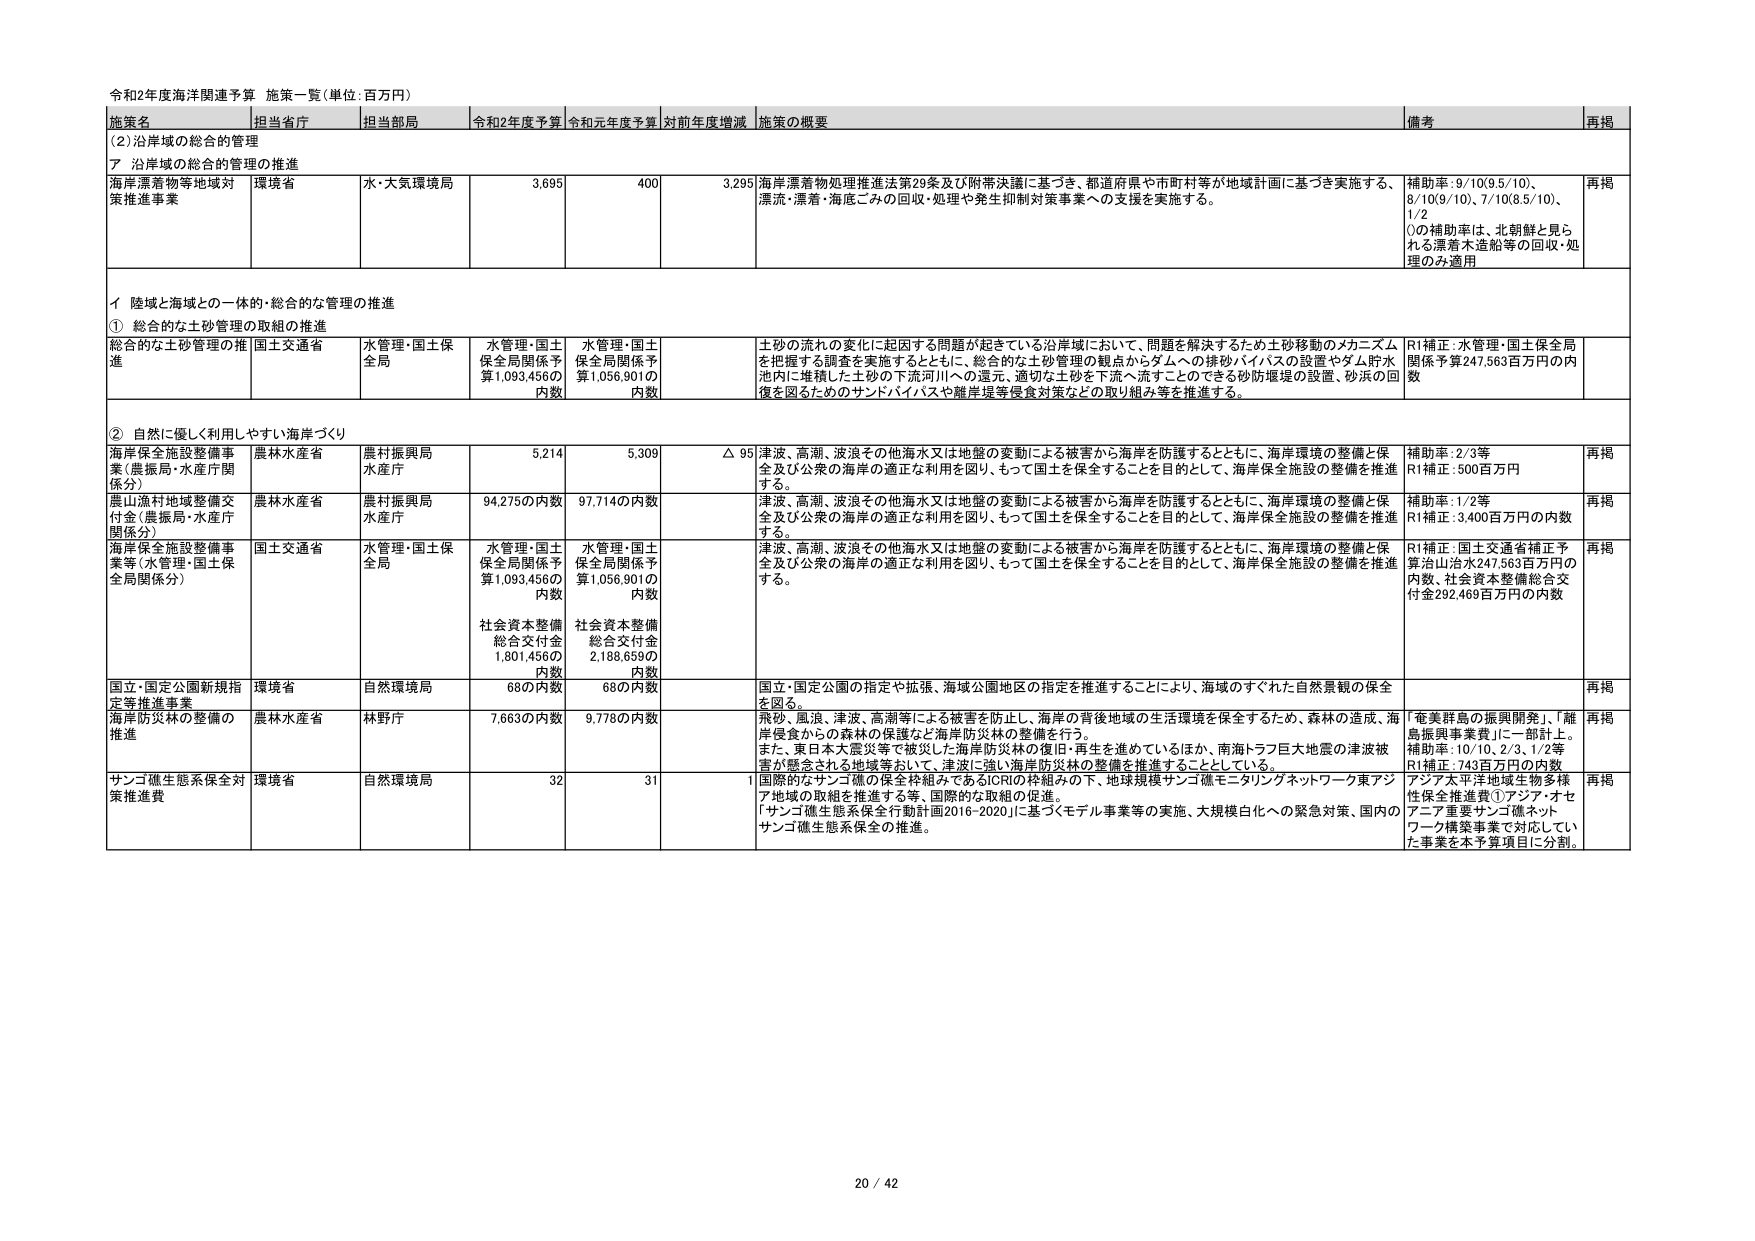
令和2年度海洋関連予算 施策一覧（単位：百万円）

施策名 | 担当省庁 | 担当部局 | 令和2年度予算 | 令和元年度予算 | 対前年度増減 | 施策の概要 | 備考 | 再掲
--- | --- | --- | --- | --- | --- | --- | --- | ---
(2)沿岸域の総合的管理 | | | | | | | |
ア 沿岸域の総合的管理の推進 | | | | | | | |
海洋漂着物等地域対策推進事業 | 環境省 | 水・大気環境局 | 3,695 | 400 | 3,295 | 海洋漂着物処理推進法第29条及び附帯決議に基づき、都道府県や市町村等が地域計画に基づき実施する、漂流・漂着・海底ごみの回収・処理や発生抑制対策事業への支援を実施する。 | 補助率：9/10(9.5/10)、8/10(9/10)、7/10(8.5/10)、1/2（）の補助率は、北朝鮮と見られる漂着木造船等の回収・処理のみ適用 | 再掲
イ 陸域と海域との一体的・総合的な管理の推進 | | | | | | | |
① 総合的な土砂管理の取組の推進 | | | | | | | |
総合的な土砂管理の推進 | 国土交通省 | 水管理・国土保全局 | 水管理・国土保全局関係予算1,093,456の内数 | 水管理・国土保全局関係予算1,056,901の内数 | | 土砂の流れの変化に起因する問題が起きている沿岸域において、問題を解決するため土砂移動のメカニズムを把握する調査を実施するとともに、総合的な土砂管理の観点からダムへの排砂バイパスの設置やダム貯水池内に堆積した土砂の下流河川への還元、適切な土砂を下流へ流すことのできる砂防堰堤の設置、砂浜の回復を図るためのサンドバイパスや離岸堤等侵食対策などの取り組み等を推進する。 | R1補正：水管理・国土保全局関係予算247,563百万円の内数 |
② 自然に優しく利用しやすい海岸づくり | | | | | | | |
海岸保全施設整備事業（農振局・水産庁関係分） | 農林水産省 | 農村振興局水産庁 | 5,214 | 5,309 | △ 95 | 津波、高潮、波浪その他海水又は地盤の変動による被害から海岸を防護するとともに、海岸環境の整備と保全及び公衆の海岸の適正な利用を図り、もって国土を保全することを目的として、海岸保全施設の整備を推進する。 | 補助率：2/3等 R1補正：500百万円 | 再掲
農山漁村地域整備交付金（農振局・水産庁関係分） | 農林水産省 | 農村振興局水産庁 | 94,275の内数 | 97,714の内数 | | 津波、高潮、波浪その他海水又は地盤の変動による被害から海岸を防護するとともに、海岸環境の整備と保全及び公衆の海岸の適正な利用を図り、もって国土を保全することを目的として、海岸保全施設の整備を推進する。 | 補助率：1/2等 R1補正：3,400百万円の内数 | 再掲
海岸保全施設整備事業等（水管理・国土保全局関係分） | 国土交通省 | 水管理・国土保全局 | 水管理・国土保全局関係予算1,093,456の内数 社会資本整備総合交付金1,801,456の内数 | 水管理・国土保全局関係予算1,056,901の内数 社会資本整備総合交付金2,188,659の内数 | | 津波、高潮、波浪その他海水又は地盤の変動による被害から海岸を防護するとともに、海岸環境の整備と保全及び公衆の海岸の適正な利用を図り、もって国土を保全することを目的として、海岸保全施設の整備を推進する。 | R1補正：国土交通省補正予算治山治水247,563百万円の内数、社会資本整備総合交付金292,469百万円の内数 | 再掲
国立・国定公園新規指定等推進事業 | 環境省 | 自然環境局 | 68の内数 | 68の内数 | | 国立・国定公園の指定や拡張、海域公園地区の指定を推進することにより、海域のすぐれた自然景観の保全を図る。 | | 再掲
海岸防災林の整備の推進 | 農林水産省 | 林野庁 | 7,663の内数 | 9,778の内数 | | 飛砂、風浪、津波、高潮等による被害を防止し、海岸の背後地域の生活環境を保全するため、森林の造成、海岸侵食からの森林の保護など海岸防災林の整備を行う。 また、東日本大震災等で被災した海岸防災林の復旧・再生を進めているほか、南海トラフ巨大地震の津波被害が懸念される地域等において、津波に強い海岸防災林の整備を推進することとしている。 | 「奄美群島の振興開発」、「離島振興事業費」に一部計上。 補助率：10/10、2/3、1/2等 R1補正：743百万円の内数 | 再掲
サンゴ礁生態系保全対策推進費 | 環境省 | 自然環境局 | 32 | 31 | 1 | 国際的なサンゴ礁の保全枠組みであるICRIの枠組みの下、地球規模サンゴ礁モニタリングネットワーク東アジア地域の取組を推進する等、国際的な取組の促進。 「サンゴ礁生態系保全行動計画2016-2020」に基づくモデル事業等の実施、大規模白化への緊急対策、国内のサンゴ礁生態系保全の推進。 | アジア太平洋地域生物多様性保全推進費①アジア・オセアニア重要サンゴ礁ホットワーフ構築事業で対応していた事業を本予算項目に分割。 | 再掲

20 / 42